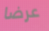
عرضا